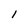
Character: l